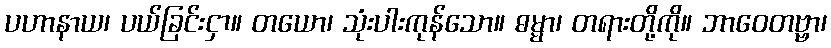
ပဟာနာယ၊ ပယ်ခြင်းငှာ။ တယော၊ သုံးပါးကုန်သော။ ဓမ္မာ၊ တရားတို့ကို။ ဘာဝေတဗ္ဗာ၊